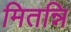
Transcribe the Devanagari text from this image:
मितन्नि